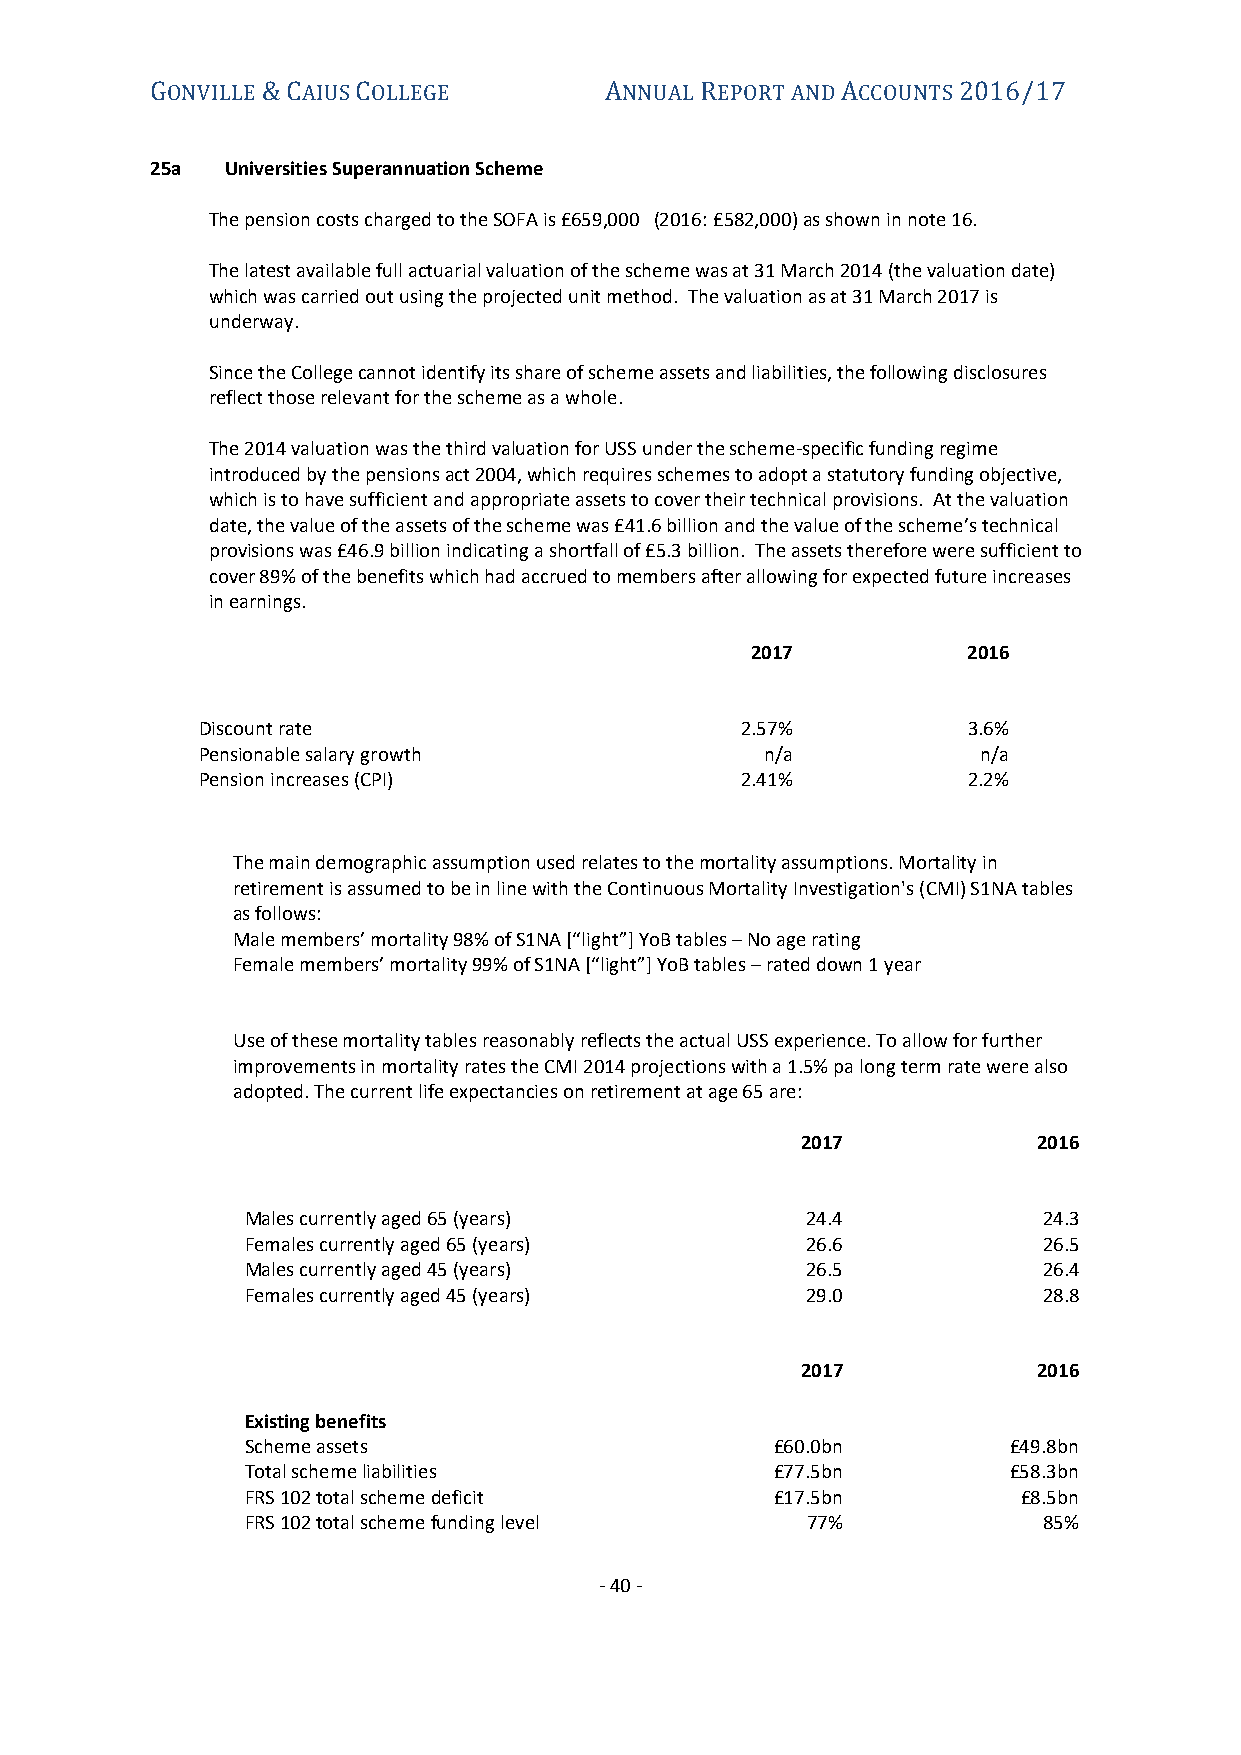
ONVILLE  AIUS OLLEGE          NNUAL EPORT AND CCOUNTS
 G      &C     C               A     R         A      2016/17
 25a  Universities Superannuation Scheme
 The pension costs charged to the SOFA is £659,000 (2016: £582,000) as shown in note 16.
 The latest available full actuarial valuation of the scheme was at 31 March 2014 (the valuation date)
 which was carried out using the projected unit method. The valuation as at 31 March 2017 is
 underway.
 Since the College cannot identify its share of scheme assets and liabilities, the following disclosures
 reflect those relevant for the scheme as a whole.
 The 2014 valuation was the third valuation for USS under the scheme-specific funding regime
 introduced by the pensions act 2004, which requires schemes to adopt a statutory funding objective,
 which is to have sufficient and appropriate assets to cover their technical provisions. At the valuation
 date, the value of the assets of the scheme was £41.6 billion and the value of the scheme’s technical
 provisions was £46.9 billion indicating a shortfall of £5.3 billion. The assets therefore were sufficient to
 cover 89% of the benefits which had accrued to members after allowing for expected future increases
 in earnings.
 2017          2016
 Discount rate                       2.57%          3.6%
 Pensionable salary growth             n/a           n/a
 Pension increases (CPI)             2.41%          2.2%
 The main demographic assumption used relates to the mortality assumptions. Mortality in
 retirement is assumed to be in line with the Continuous Mortality Investigation's (CMI) S1NA tables
 as follows:
 Male members’ mortality 98% of S1NA [“light”] YoB tables – No age rating
 Female members’ mortality 99% of S1NA [“light”] YoB tables – rated down 1 year
 Use of these mortality tables reasonably reflects the actual USS experience. To allow for further
 improvements in mortality rates the CMI 2014 projections with a 1.5% pa long term rate were also
 adopted. The current life expectancies on retirement at age 65 are:
 2017            2016
 Males currently aged 65 (years)      24.4            24.3
 Females currently aged 65 (years)    26.6            26.5
 Males currently aged 45 (years)      26.5            26.4
 Females currently aged 45 (years)    29.0            28.8
 2017            2016
 Existing benefits
 Scheme assets                      £60.0bn         £49.8bn
 Total scheme liabilities           £77.5bn         £58.3bn
 FRS 102 total scheme deficit       £17.5bn          £8.5bn
 FRS 102 total scheme funding level   77%             85%
 - 40 -